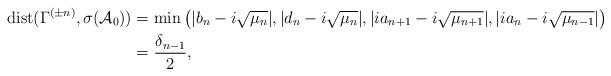
LaTeX: \begin{align*}{\rm dist} (\Gamma^{(\pm n)},\sigma({\mathcal A}_0))&=\min\big(|b_n-i\sqrt{\mu_n}|,|d_n-i\sqrt{\mu_n}|,|ia_{n+1}-i\sqrt{\mu_{n+1}}|,|ia_n-i\sqrt{\mu_{n-1}}|\big)\\&=\frac{\delta_{n-1}}{2},\end{align*}